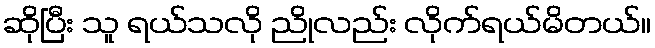
ဆိုပြီး သူ ရယ်သလို ညိုလည်း လိုက်ရယ်မိတယ်။